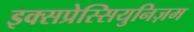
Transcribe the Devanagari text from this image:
इक्सप्रेस्सियुनिज़म